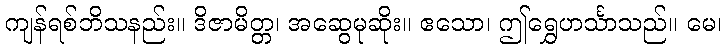
ကျန်ရစ်ဘိသနည်း။ ဒိဇာမိတ္တ၊ အဆွေမုဆိုး။ ဧသော၊ ဤရွှေဟင်္သာသည်။ မေ၊